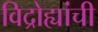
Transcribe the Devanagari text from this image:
विद्रोह्यांची